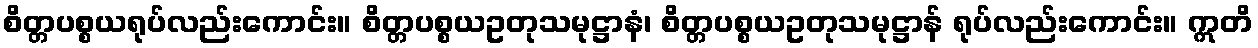
စိတ္တပစ္စယရုပ်လည်းကောင်း။ စိတ္တပစ္စယဥတုသမုဋ္ဌာနံ၊ စိတ္တပစ္စယဥတုသမုဋ္ဌာန် ရုပ်လည်းကောင်း။ ဣတိ